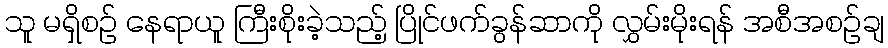
သူ မရှိစဉ် နေရာယူ ကြီးစိုးခဲ့သည့် ပြိုင်ဖက်ခွန်ဆာကို လွှမ်းမိုးရန် အစီအစဉ်ချ